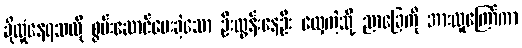
ခိုလှုံနေရသလို စွမ်းဆောင်ပေးခဲ့သော ဦးထွန်းနေဦး လှေကဲ့သို့ ညာခြေကို အားလူကြော်ကာ